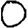
Digit: 0